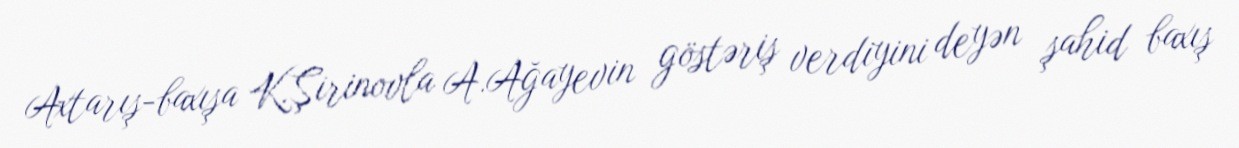
Axtarış-baxışa K.Şirinovla A.Ağayevin göstəriş verdiyini deyən şahid baxış